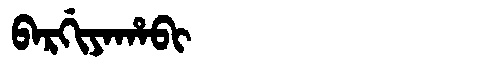
Manchu: ᠪᠠᡵᡤᡳᠶᠠᡥᠠᠪᡳ
Romanization: BARGIYAHABI